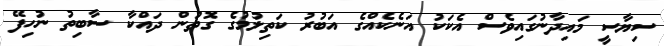
ސިޔާސީ މައިދާނުގައިވެސް އެކަކު އަނެކެއްގެ އަބުރު ކަތިލުމުގެ ގޮތުން ދައްކާ ސާބިތު ނުހިފޭ